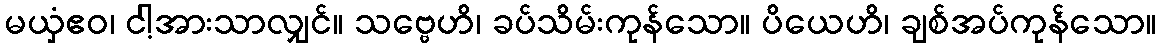
မယှံဧဝ၊ ငါ့အားသာလျှင်။ သဗ္ဗေဟိ၊ ခပ်သိမ်းကုန်သော။ ပိယေဟိ၊ ချစ်အပ်ကုန်သော။